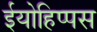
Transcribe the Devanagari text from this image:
ईयोहिप्पस